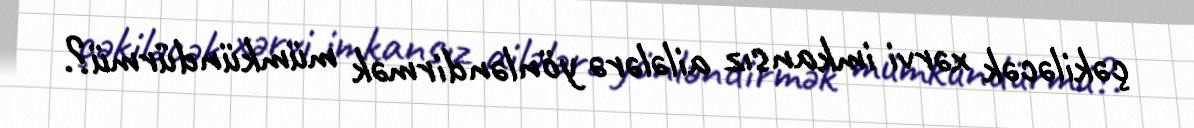
çəkiləcək xərvi imkansız ailələrə yönləndirmək mümkündürmü?.